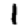
Digit: 1